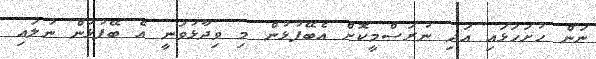
ނަން ހުށަހަޅައި އަދި ނުރަސްމީކޮށް އެބޭފުޅުން މި ވިދާޅުވަނީ އެ ބޭފުޅުން ނުލައި